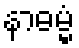
နာဓမ္မံ